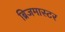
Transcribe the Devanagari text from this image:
ब्रिजमास्टर